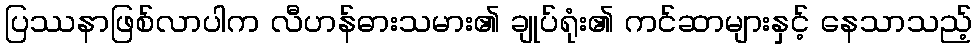
ပြဿနာဖြစ်လာပါက လီဟန်ဓားသမား၏ ချုပ်ရုံး၏ ကင်ဆာများနှင့် နေသာသည့်